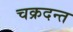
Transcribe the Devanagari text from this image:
चक्रदन्त